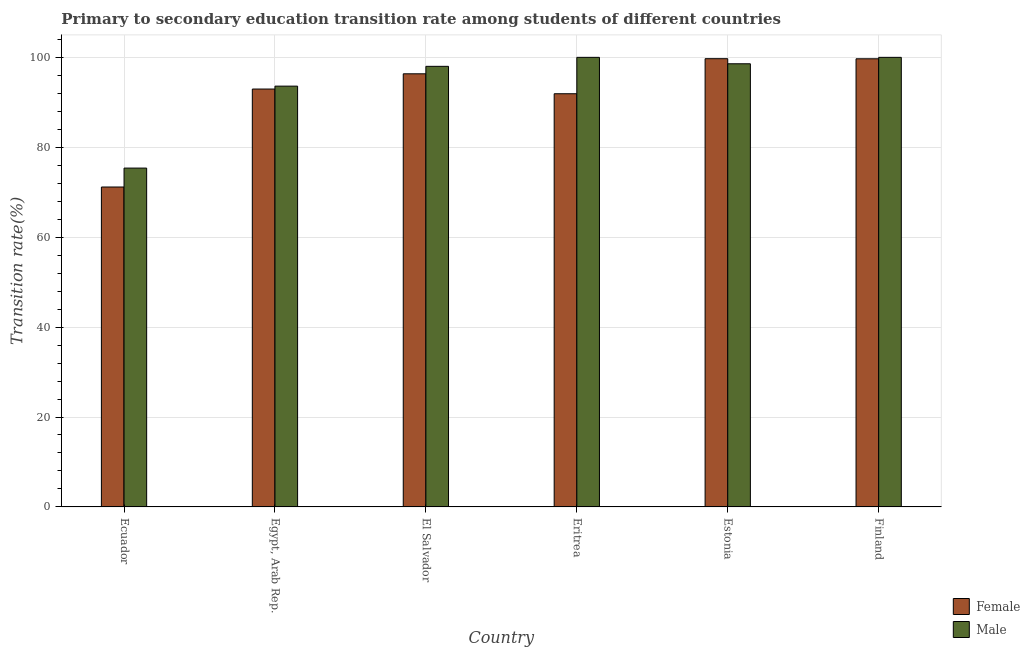
| Country | Female | Male |
 | --- | --- | --- |
 | Ecuador | 71.2 | 75.4 |
 | Egypt, Arab Rep. | 93 | 93.6 |
 | El Salvador | 96.3 | 98 |
 | Eritrea | 91.9 | 100 |
 | Estonia | 99.7 | 98.6 |
 | Finland | 99.7 | 100 |